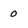
Character: 0